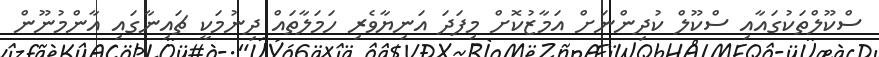
ސްކޫލްތަކުގައާއި ސްކޫލް ކުދިންނަށް އަމާޒުކޮށް މިފަދަ އަނިޔާވެރި ހަމަލާތައް ދިނުމަކީ ޗައިނާގައި އާންމުނޫން